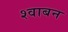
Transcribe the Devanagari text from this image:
श्वाबन